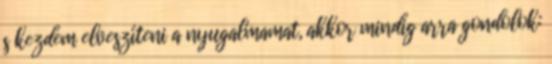
s kezdem elveszíteni a nyugalmamat, akkor mindig arra gondolok: